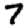
Digit: 7